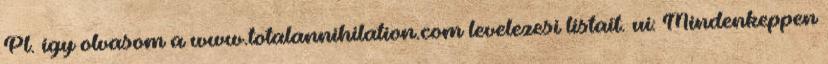
Pl. igy olvasom a www.totalannihilation.com levelezesi listait. ui: Mindenkeppen